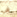
في